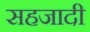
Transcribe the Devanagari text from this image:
सहजादी